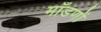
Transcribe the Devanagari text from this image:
माँडणों